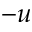
- u